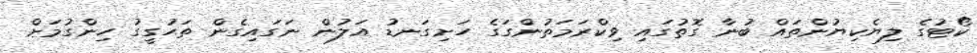
ކޯޓުގެ ލިޔެކިޔުންތައް ބުނާ ގޮތުގައި ވިކްރަމަތުންގަގެ ހަށިގަނޑު އަލުން ނަގައިގެން ތަހުގީގު ހިންގުމަށް